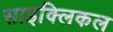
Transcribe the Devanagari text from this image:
साइक्लिकल